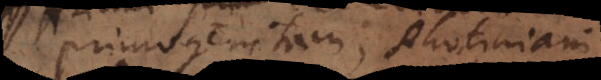
primogenitam, Photiniani